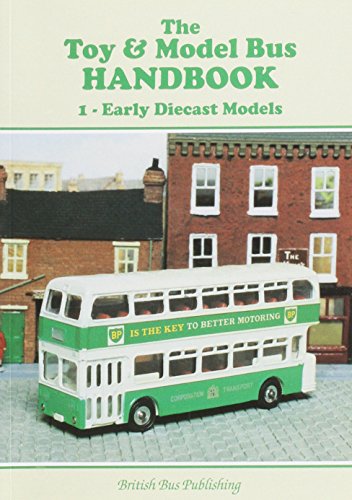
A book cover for The Toy and Model Bus Handbook: Early Diecast Models v.1 (Bus Handbooks) (Vol 1); Roger Bailey; Crafts, Hobbies & Home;